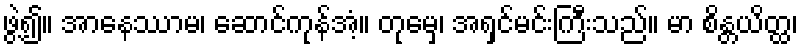
ဖွဲ့၍။ အာနေဿာမ၊ ဆောင်ကုန်အံ့။ တုမှေ၊ အရှင်မင်းကြီးသည်။ မာ စိန္တယိတ္ထ၊